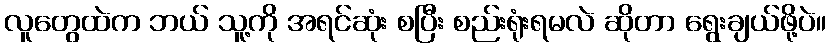
လူတွေထဲက ဘယ် သူ့ကို အရင်ဆုံး စပြီး စည်းရုံးရမလဲ ဆိုတာ ရွေးချယ်ဖို့ပဲ။